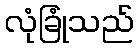
လုံခြုံသည်